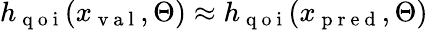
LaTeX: h_{\mathrm{~q~o~i~}}(x_{\mathrm{~v~a~l~}},\Theta)\approx h_{\mathrm{~q~o~i~}}(x_{\mathrm{~p~r~e~d~}},\Theta)